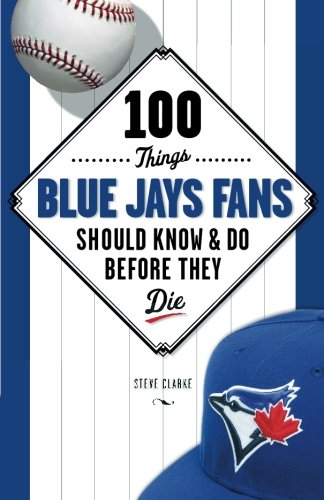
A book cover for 100 Things Blue Jays Fans Should Know & Do Before They Die (100 Things...Fans Should Know); Steve Clarke; Travel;